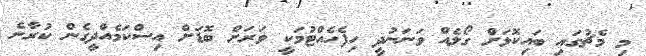
މި މެޗުގައި ބައިކޮޅަށް ގޯލެއް ވަނަނުދީ ހިފެހެއްޓުމަކީ ވަރަށް ބޮޑަށް އިސްކަމެއްދީގެން ކުރާނެ